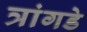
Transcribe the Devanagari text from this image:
त्रांगडे